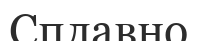
Сплавно